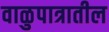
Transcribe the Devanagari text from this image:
वाळुपात्रातील